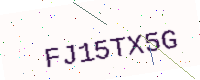
Text: FJ15TX5G